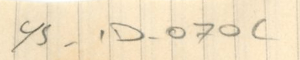
YS -1D -070C